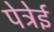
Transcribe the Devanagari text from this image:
पेत्रेई